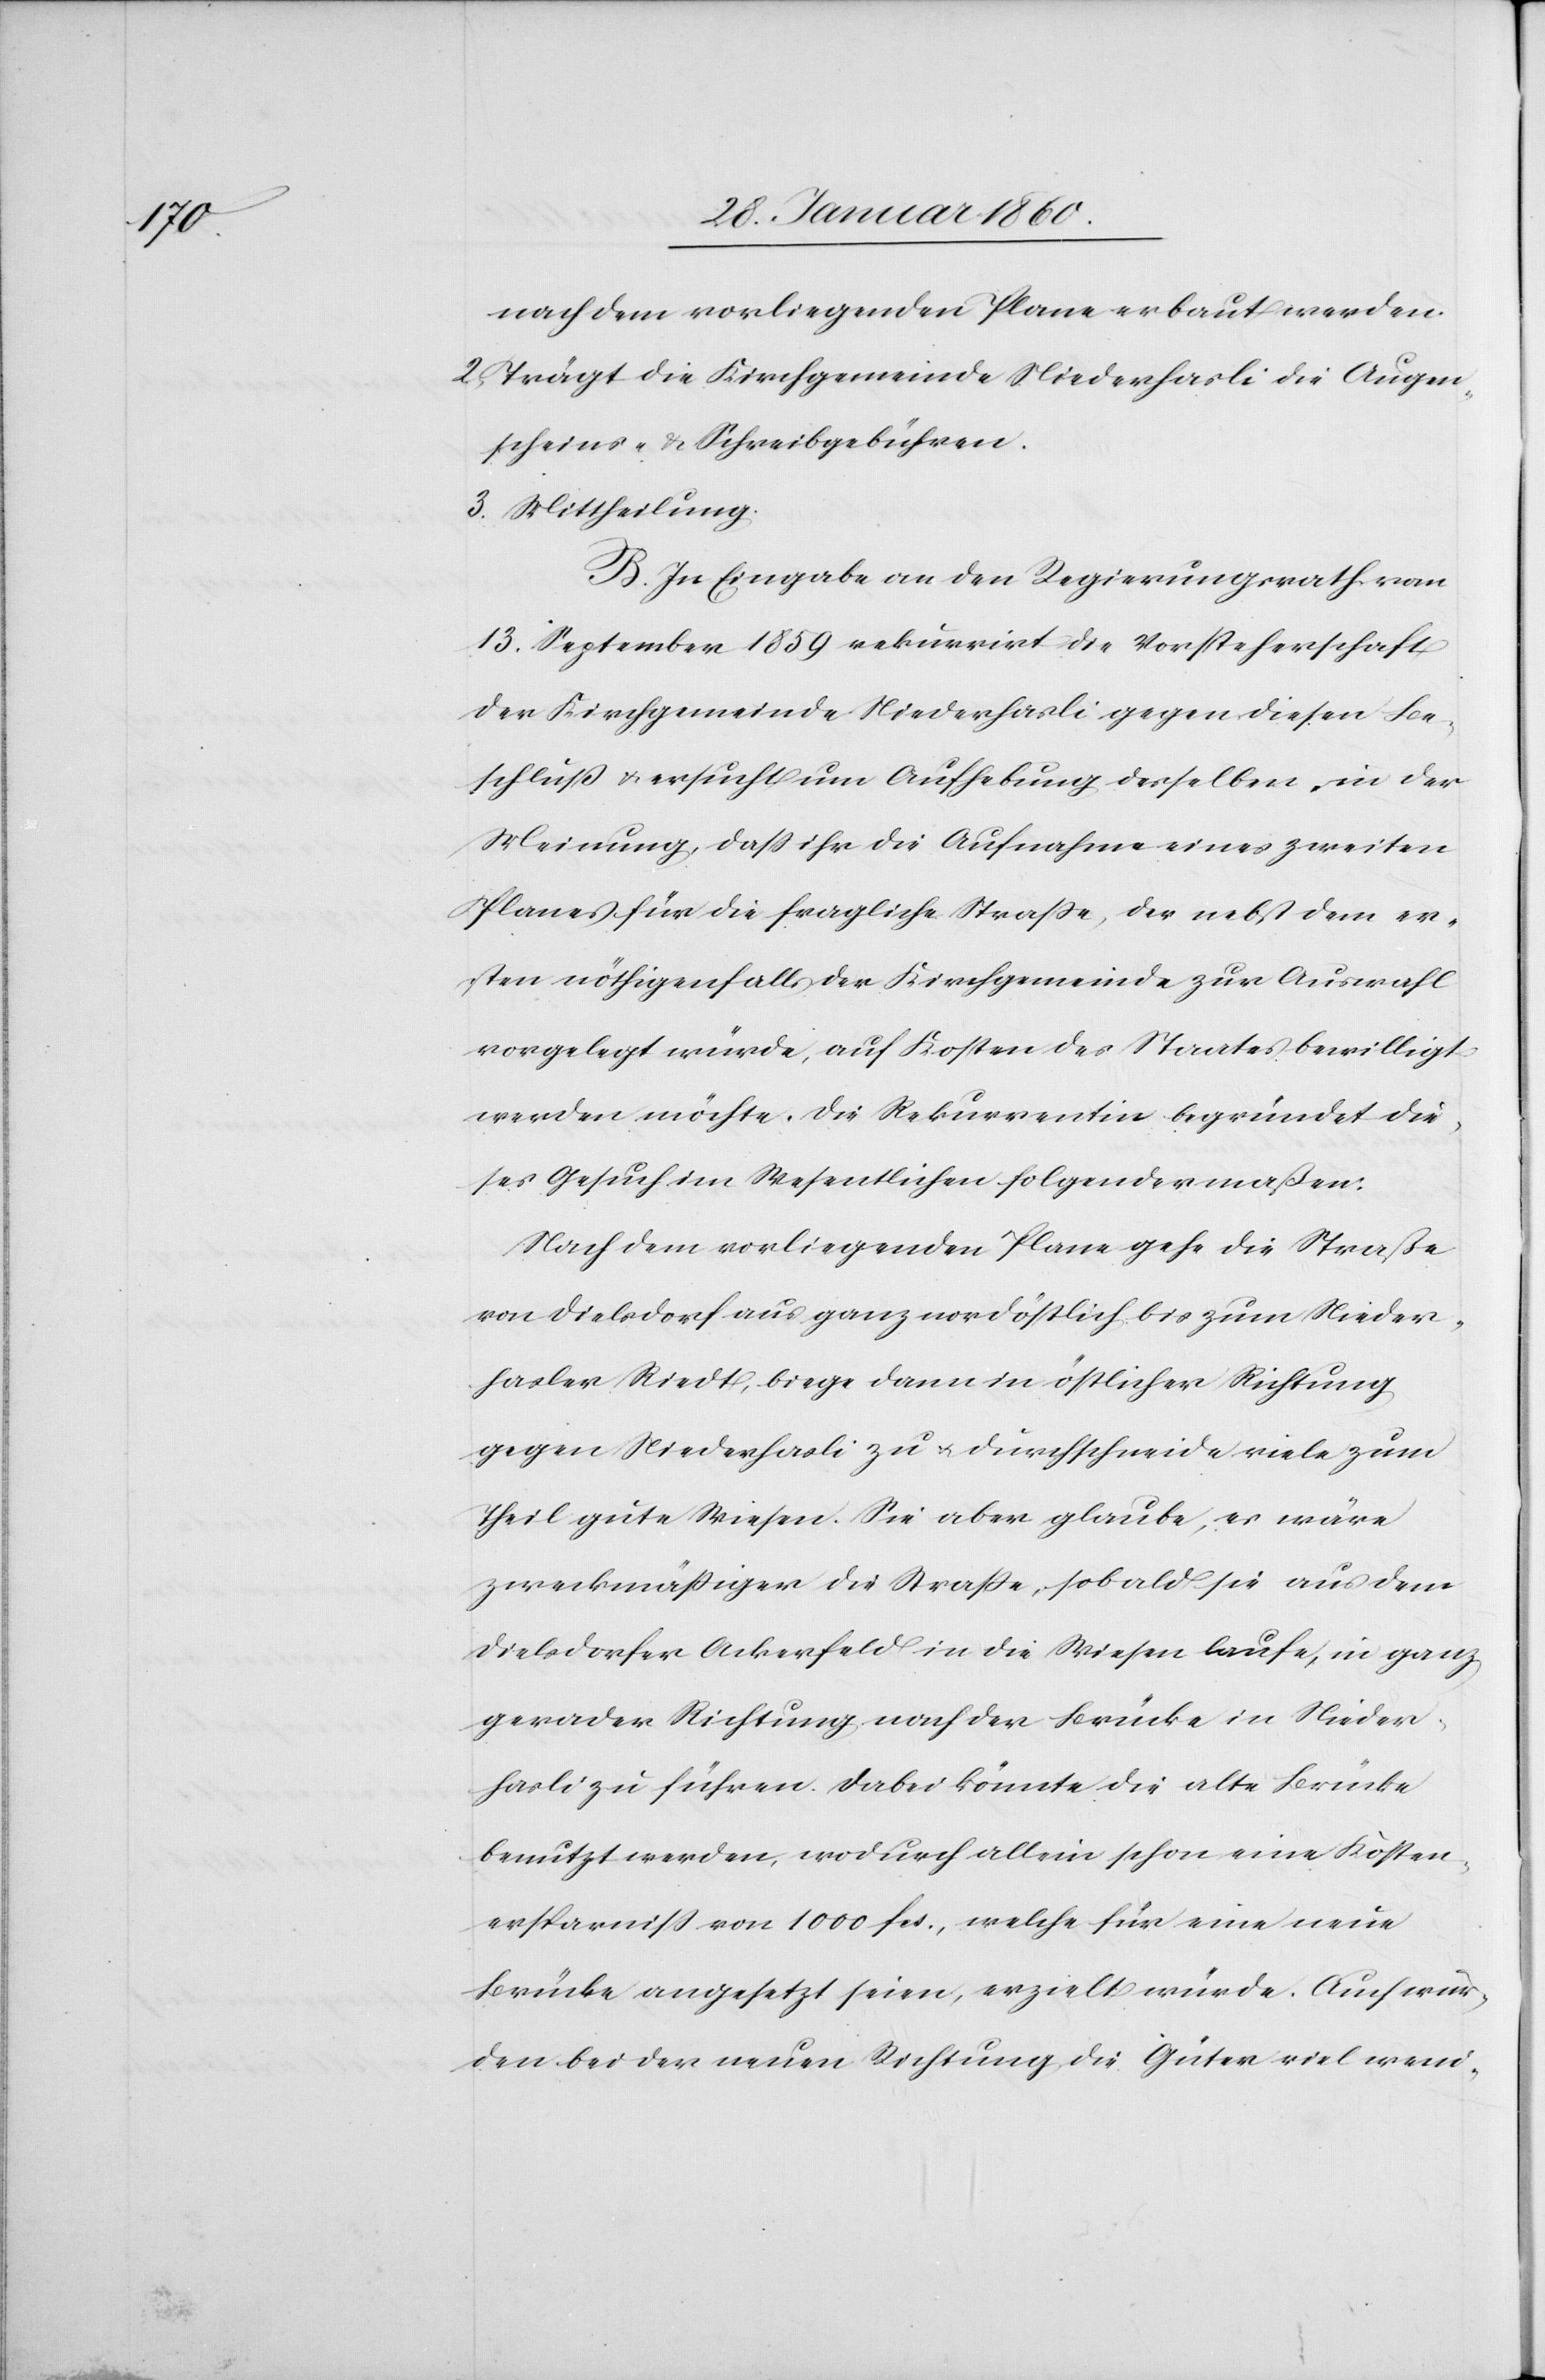
nach dem vorliegenden Plane erbaut werden.
2. Trägt die Kirchgemeinde Niederhasli die Augen¬
scheins- u. Schreibgebühren.
3. Mittheilung.
B. In Eingabe an den Regierungsrath vom
13. September 1859 rekurrirt die Vorsteherschaft
der Kirchgemeinde Niederhasli gegen diesen Be¬
schluss u. ersucht um Aufhebung desselben, in der
Meinung, dass ihr die Aufnahme eines zweiten
Planes für die fragliche Strasse, der nebst dem er¬
sten nöthigenfalls der Kirchgemeinde zur Auswahl
vorgelegt würde, auf Kosten des Staates bewilligt
werden möchte. Die Rekurrentin begründet die¬
ses Gesuch im Wesentlichen folgendermaßen:
Nach dem vorliegenden Plane gehe die Strasse
von Dielsdorf aus ganz nordöstlich bis zum Nieder¬
hasler Riedt, biege dann in östlicher Richtung
gegen Niederhasli zu u. durchschneide viele zum
Theil gute Wiesen. Sie aber glaube, es wäre
zweckmässiger die Strasse, sobald sie aus dem
Dielsdorfer Ackerfeld in die Wiesen laufe, in ganz
gerader Richtung nach der Brücke in Nieder¬
hasli zu führen. Dabei könnte die alte Brücke
benutzt werden, wodurch allein schon eine Kosten¬
ersparniss von 1000 fcs., welche für eine neue
Brücke angesetzt seien, erzielt würde. Auch wer¬
den bei der neuen Richtung die Güter viel weni-